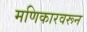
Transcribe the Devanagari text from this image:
मणिकारवरून